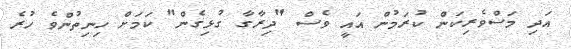
އަދި މަސްވެރިކަން ކުރަމުން އައީ ވެސް "ދިރާގާ ގުޅިގެން" ކަމަށް ހިނިތުންވެ ހުރެ